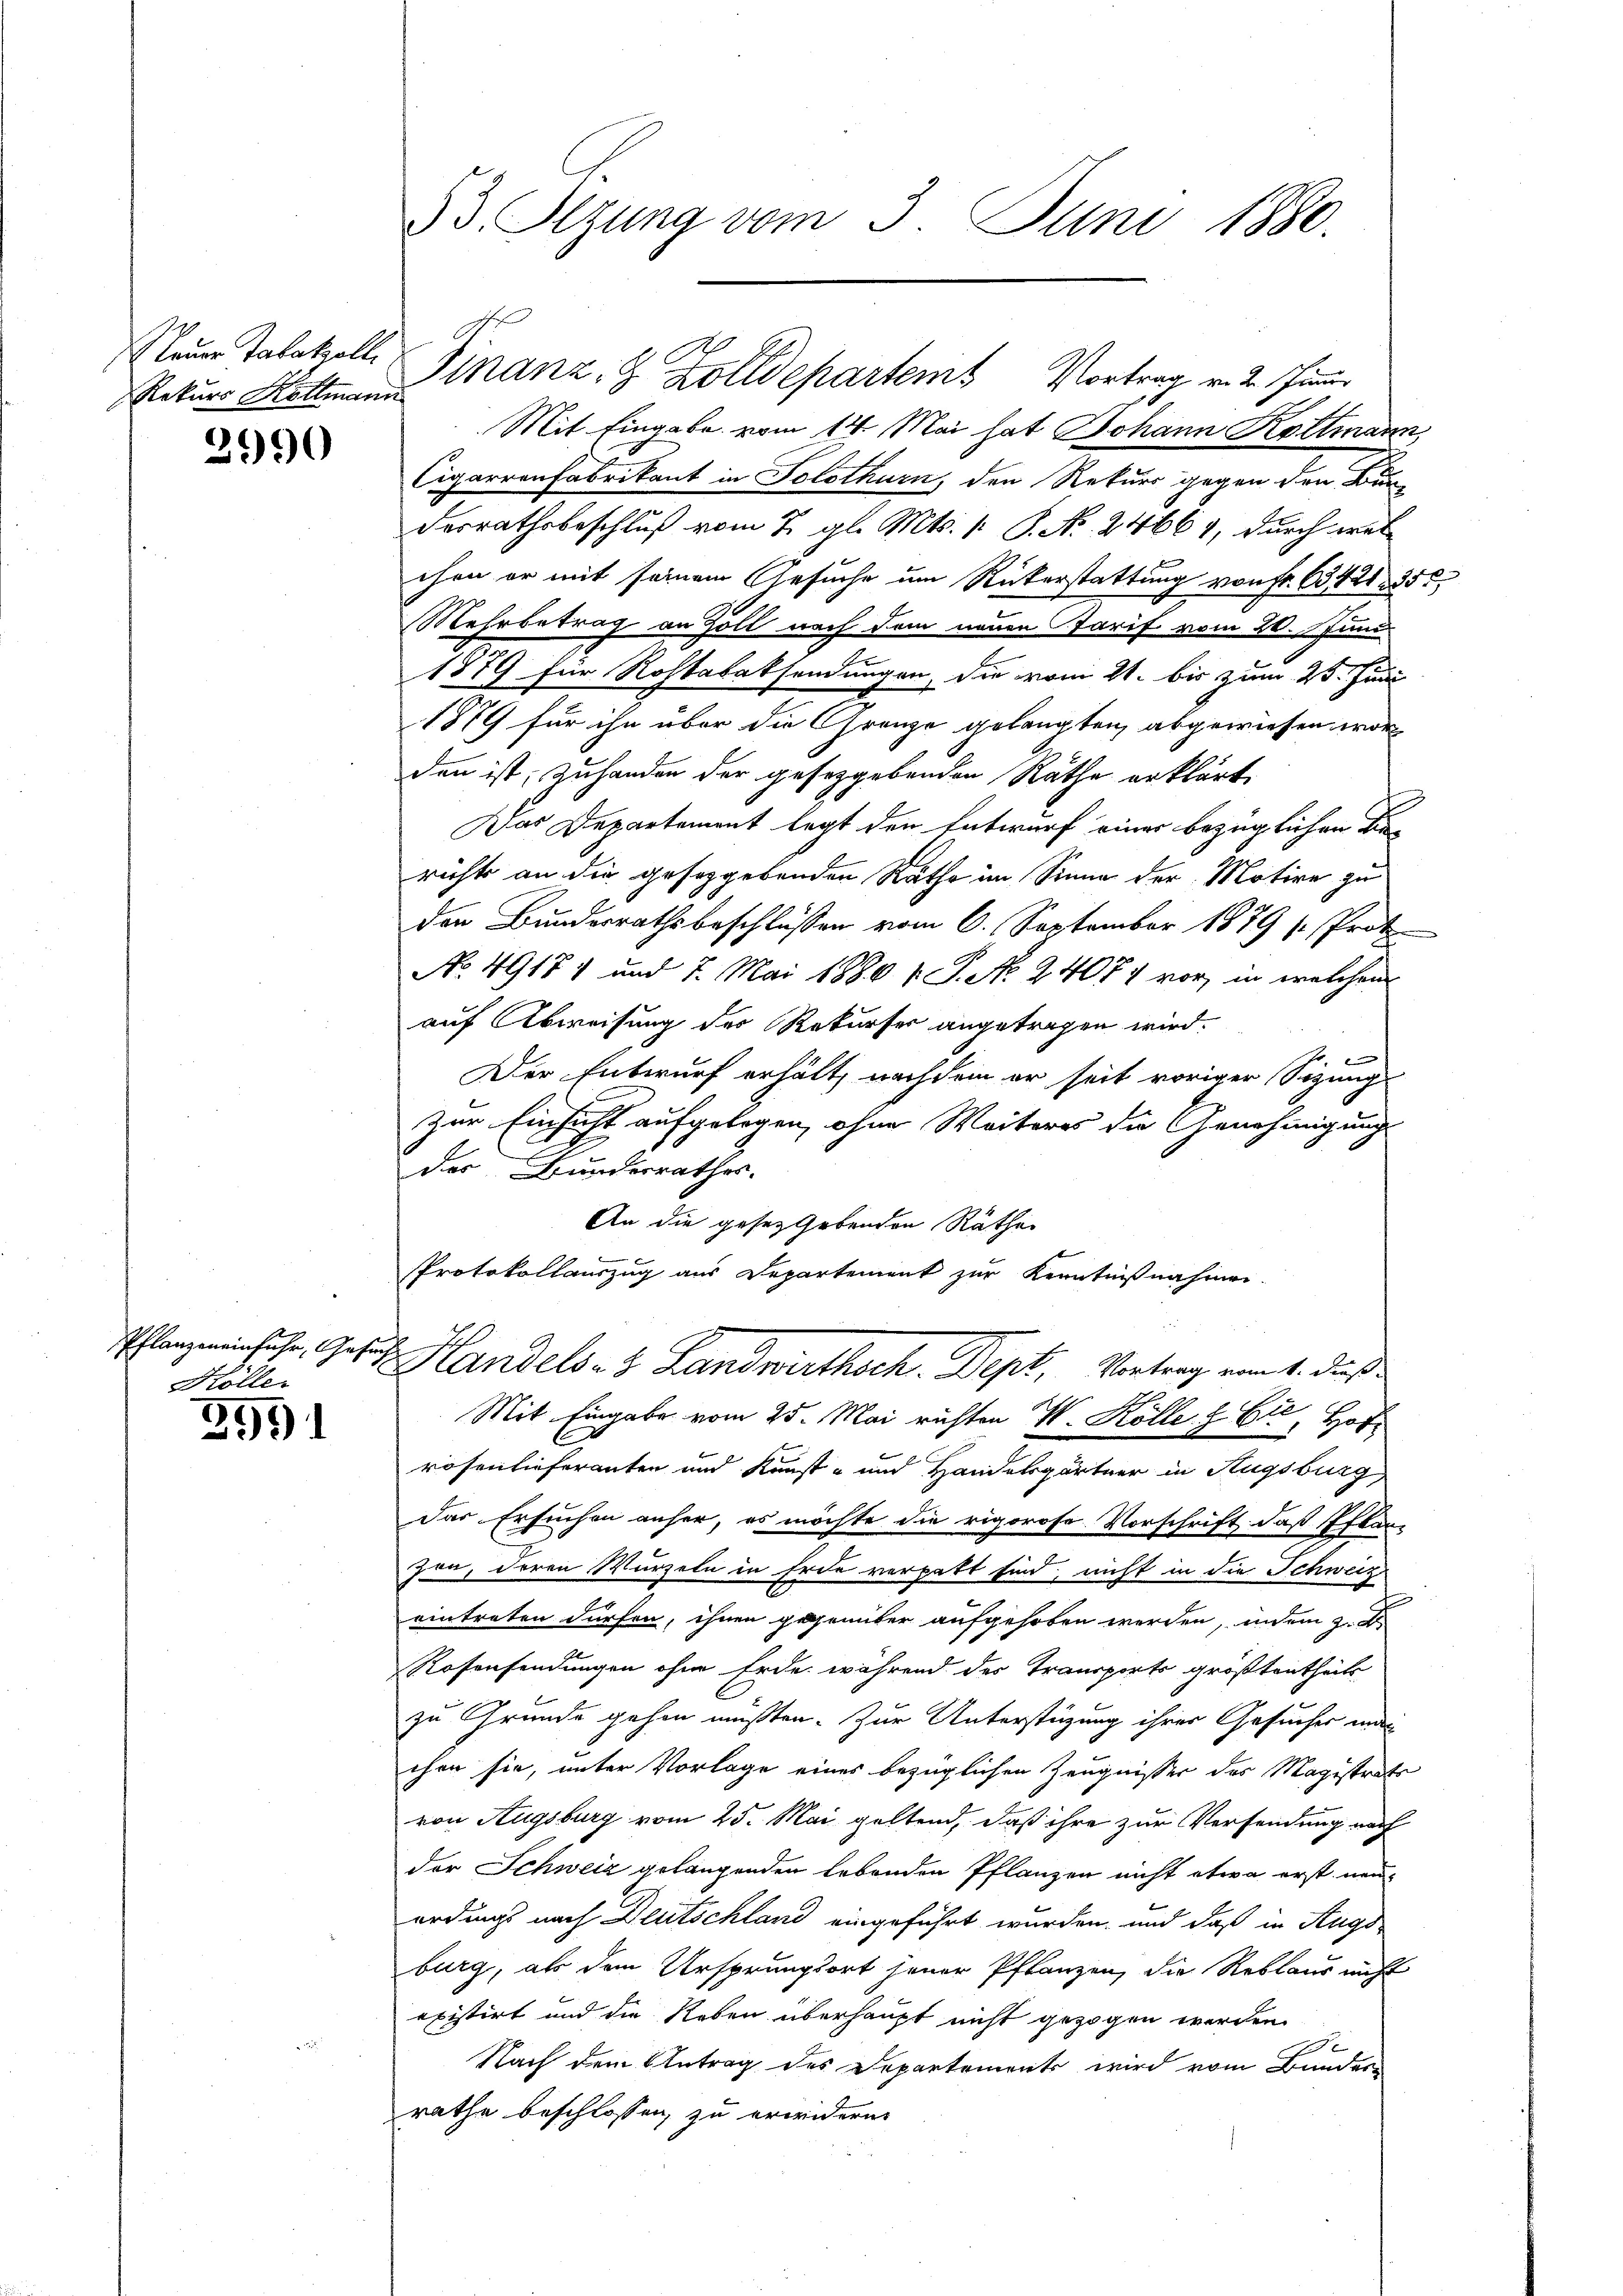
Rekurs Kollmann

2990

Kölle

3991

53. Sizung vom 3. Juni 1880.

Mit Eingabe vom 14. Mai hat Johann Kottmann
Cigarrenfabrikant in Solothurn, den Rekurs gegen den Bundesrathsbeschluß vom 2. gl. Mts. [ P. Nr. 24664, durch wel
chen er mit seinem Gesuche um Rükerstattung von fr. 63421. 355.
Mehrbetrag an Zoll nach dem neuen Tarif vom 20. Juni
1879 für Rohtabaksendungen, die vom 21. bis zum 25. Juni
1879 für ihn über die Gränze gelangten abgewiesen wor
den ist, zu handen der gesetzgebenden Räthe erklärt,
Das Departement legt den Entwurf einer bezüglichen Berichts an die gesetzgebenden Rathe im Sinne der Motive zu
der Bundesrathsbeschlüssen vom 6. September 1879 (Prot
No 49171 und 7. Mai 1880 v. P. No. 24074 vor, in welchen
auf Abweisung der Rekurser angetragen wird.
e
Der Entwurf erhält, nachdem er seit voriger Sizung
Zur Einsicht aufgelegen, ohne Weiteres die Genehmigung
des Bundesrathes.
An die gesetzgebenden Räthe
Protokollauszug aus Departement zur Kenntnißnahmen.
Pflanze in sehr, Gesuch Handels- & Landwirthsch. Dept, Vortrag vom 1. daß
Mit Eingabe vom 25. Mai richten W. Kolle & Cie, Hofrösenlieferanten und Kunst- und Handelsgärtner in Augsburg
Das Ersuchen anher, es möchte die rigorose Vorschrift, daß Pflan-
zen, deren Wurzeln in Erde verpatt sind, nicht in die Schweiz
eintreten dürfen, ihnen gegenüber aufgehoben werden, indem 3. d
Rosensendungen ohne Erde während des Transports größtentheils
zu Grunde gehen müßten. Zur Unterstüzung ihrer Gesucher mei
chen sie, unter Vorlage eines bezüglichen Zeugnisser des Magistrats
von Augsburg vom 25. Mai geltend, daß ihre zur Versendung nach
der Schweiz gelangenden Lebenden Pflanzen nicht etwa erst neuerdings nach Deutschland eingeführt wurden, und daß in Augs
burg, als dem Ursprungsort jener Pflanzen, die Reblaus nicht
existirt und die Reben überhaupt nicht gezogen werden.
Nach dem Antrag des Departements wird vom Bunder-
rathe beschlossen, zu erwidern.

Neue Talokolle Finanz- & Zolldepartem Vortrag v. 2. Jenner